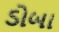
ડોબા